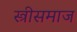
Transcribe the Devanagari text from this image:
स्त्रीसमाज